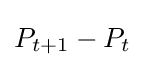
P_{t+1}-P_{t}